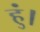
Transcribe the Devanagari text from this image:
हुं।